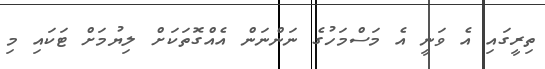
ތިރީގައި އެ ވަނީ އެ މަސްމަހުގެ ނަންނަން އެއްގޮތަކަށް ލިޔުމަށް ޓަކައި މި